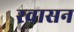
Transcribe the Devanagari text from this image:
रवासन